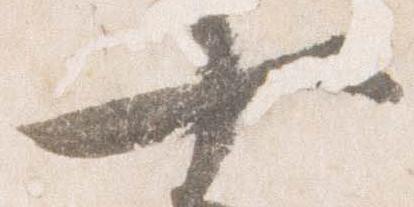
十